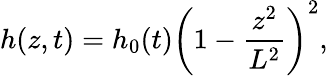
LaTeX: h(z,t)=h_{0}(t)\left(1-\frac{z^{2}}{L^{2}}\right)^{2},